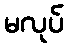
မလုပ်